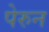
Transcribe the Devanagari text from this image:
पेरुन